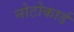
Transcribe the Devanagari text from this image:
नोटोकार्ड